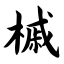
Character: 槭